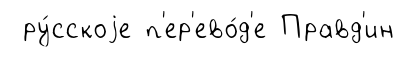
ру́сскоjе п'ер'ево́д'е Правд'ин